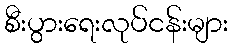
စီးပွားရေးလုပ်ငန်းများ